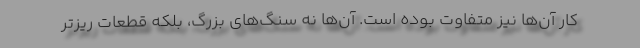
کار آن‌ها نیز متفاوت بوده است. آن‌ها نه سنگ‌های بزرگ، بلکه قطعات ریزتر